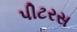
પીટરસ